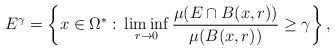
\begin{align*}E^{\gamma}=\left\{x\in \Omega^*:\,\liminf_{r\to 0}\frac{\mu(E\cap B(x,r))}{\mu(B(x,r))}\ge \gamma\right\},\end{align*}